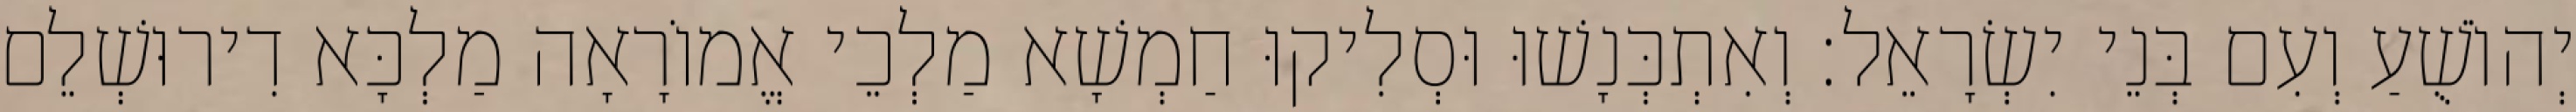
יְהוֹשֻׁעַ וְעִם בְּנֵי יִשְׂרָאֵל׃ וְאִתְכְּנָשׁוּ וּסְלִיקוּ חַמְשָׁא מַלְכֵי אֱמוֹרָאָה מַלְכָּא דִירוּשְׁלֵם